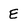
Character: E